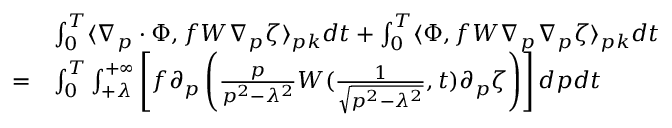
\begin{array} { r l } & { \int _ { 0 } ^ { T } \langle \nabla _ { p } \cdot \Phi , f W \nabla _ { p } \zeta \rangle _ { p k } d t + \int _ { 0 } ^ { T } \langle \Phi , f W \nabla _ { p } \nabla _ { p } \zeta \rangle _ { p k } d t } \\ { = } & { \int _ { 0 } ^ { T } \int _ { + \lambda } ^ { + \infty } \left[ f \partial _ { p } \left( \frac { p } { p ^ { 2 } - \lambda ^ { 2 } } W ( \frac { 1 } { \sqrt { p ^ { 2 } - \lambda ^ { 2 } } } , t ) \partial _ { p } \zeta \right) \right] d p d t } \end{array}